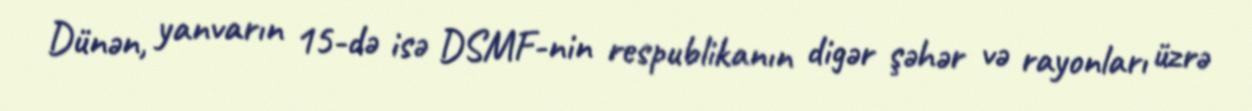
Dünən, yanvarın 15-də isə DSMF-nin respublikanın digər şəhər və rayonları üzrə